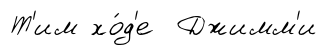
Т'им хо́д'е Джимм'и